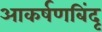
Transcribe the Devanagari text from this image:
आकर्षणबिंदू